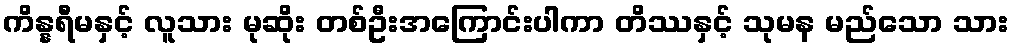
ကိန္နရီမနှင့် လူသား မုဆိုး တစ်ဦးအကြောင်းပါကာ တိဿနှင့် သုမန မည်သော သား